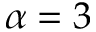
\alpha = 3